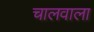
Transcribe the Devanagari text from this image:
चालवाला